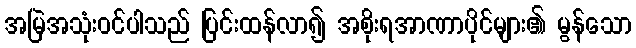
အမြဲအသုံးဝင်ပါသည် ပြင်းထန်လာ၍ အစိုးရအာဏာပိုင်များ၏ မွန်သော